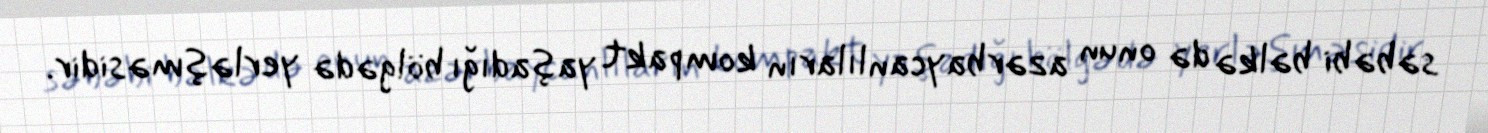
səbəbi bəlkə də onun azərbaycanlıların kompakt yaşadığı bölgədə yerləşməsidir.